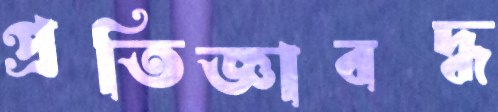
প্রতিজ্ঞাবদ্ধ